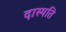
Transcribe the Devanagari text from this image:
दास्यति